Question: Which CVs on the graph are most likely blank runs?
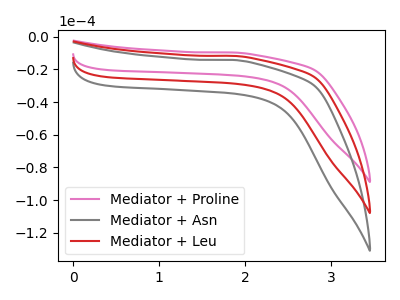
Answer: <think>The pink curve "Mediator + Proline" has no peaks. The gray curve "Mediator + Asn" has no peaks. The red curve "Mediator + Leu" has no peaks.</think>
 <answer>"Mediator + Proline", "Mediator + Asn" and "Mediator + Leu" are likely to be blanks.</answer>
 <eval>"Mediator + Proline", "Mediator + Asn", "Mediator + Leu"</eval>